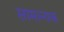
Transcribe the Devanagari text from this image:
सामान्यक